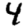
Digit: 4